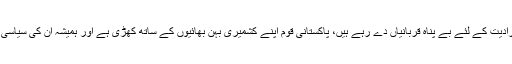
انھوں نے کہا کہ کشمیری اپنے حق خودارادیت کے لئے بے پناہ قربانیاں دے رہے ہیں، پاکستانی قوم اپنے کشمیری بہن بھائیوں کے ساتھ کھڑی ہے اور ہمیشہ ان کی سیاسی، سفارتی اور اخلاقی امداد کرتی رہے گی۔